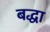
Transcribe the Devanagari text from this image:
बद्धा